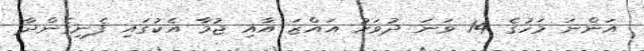
އަންނަ މަހުގެ 14 ވަނަ ދުވަހު އައްޒަ އާއި ޖުމާ އެކުގައި ފެނިގެންދާ